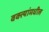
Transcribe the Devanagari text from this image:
वक्त्यांमधील